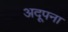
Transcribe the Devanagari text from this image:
अदूपना